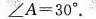
$$∠ A = 3 0 °$$.